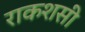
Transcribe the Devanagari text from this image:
राकशसी